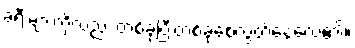
ခရီးများကိုလည်း တစ်ခုပြီးတစ်ခုစေလွှတ်နေလေ၏။